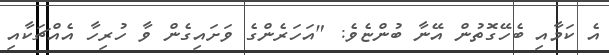
އެ ކަމާއި ބެހޭގޮތުން އޭނާ ބުންޏެވެ: "އަހަރެންގެ ވަށައިގެން ވާ ހުރިހާ އެއްޗަކާއި